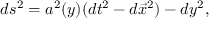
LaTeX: d s ^ { 2 } = a ^ { 2 } ( y ) ( d t ^ { 2 } - d \vec { x } ^ { 2 } ) - d y ^ { 2 } ,